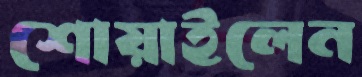
শোয়াইলেন